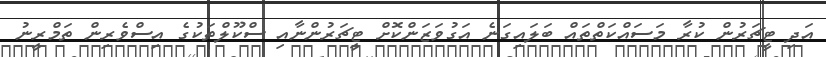
އަދި ޓީޗަރުން ކުރާ މަސައްކަތްތައް ބަލައިގަނެ އަގުވަޒަންކޮށް ޓީޗަރުންނާއި ސްކޫލްތަކުގެ އިސްވެރިން ތަމްރީނު